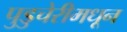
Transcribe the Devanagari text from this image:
पुडुचेरीमधून